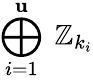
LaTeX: \bigoplus_{i=1}^{\mathbf{u}}\ \mathbb{{Z}}_{k_{i}}